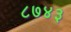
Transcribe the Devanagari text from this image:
८७४३